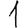
Digit: 1